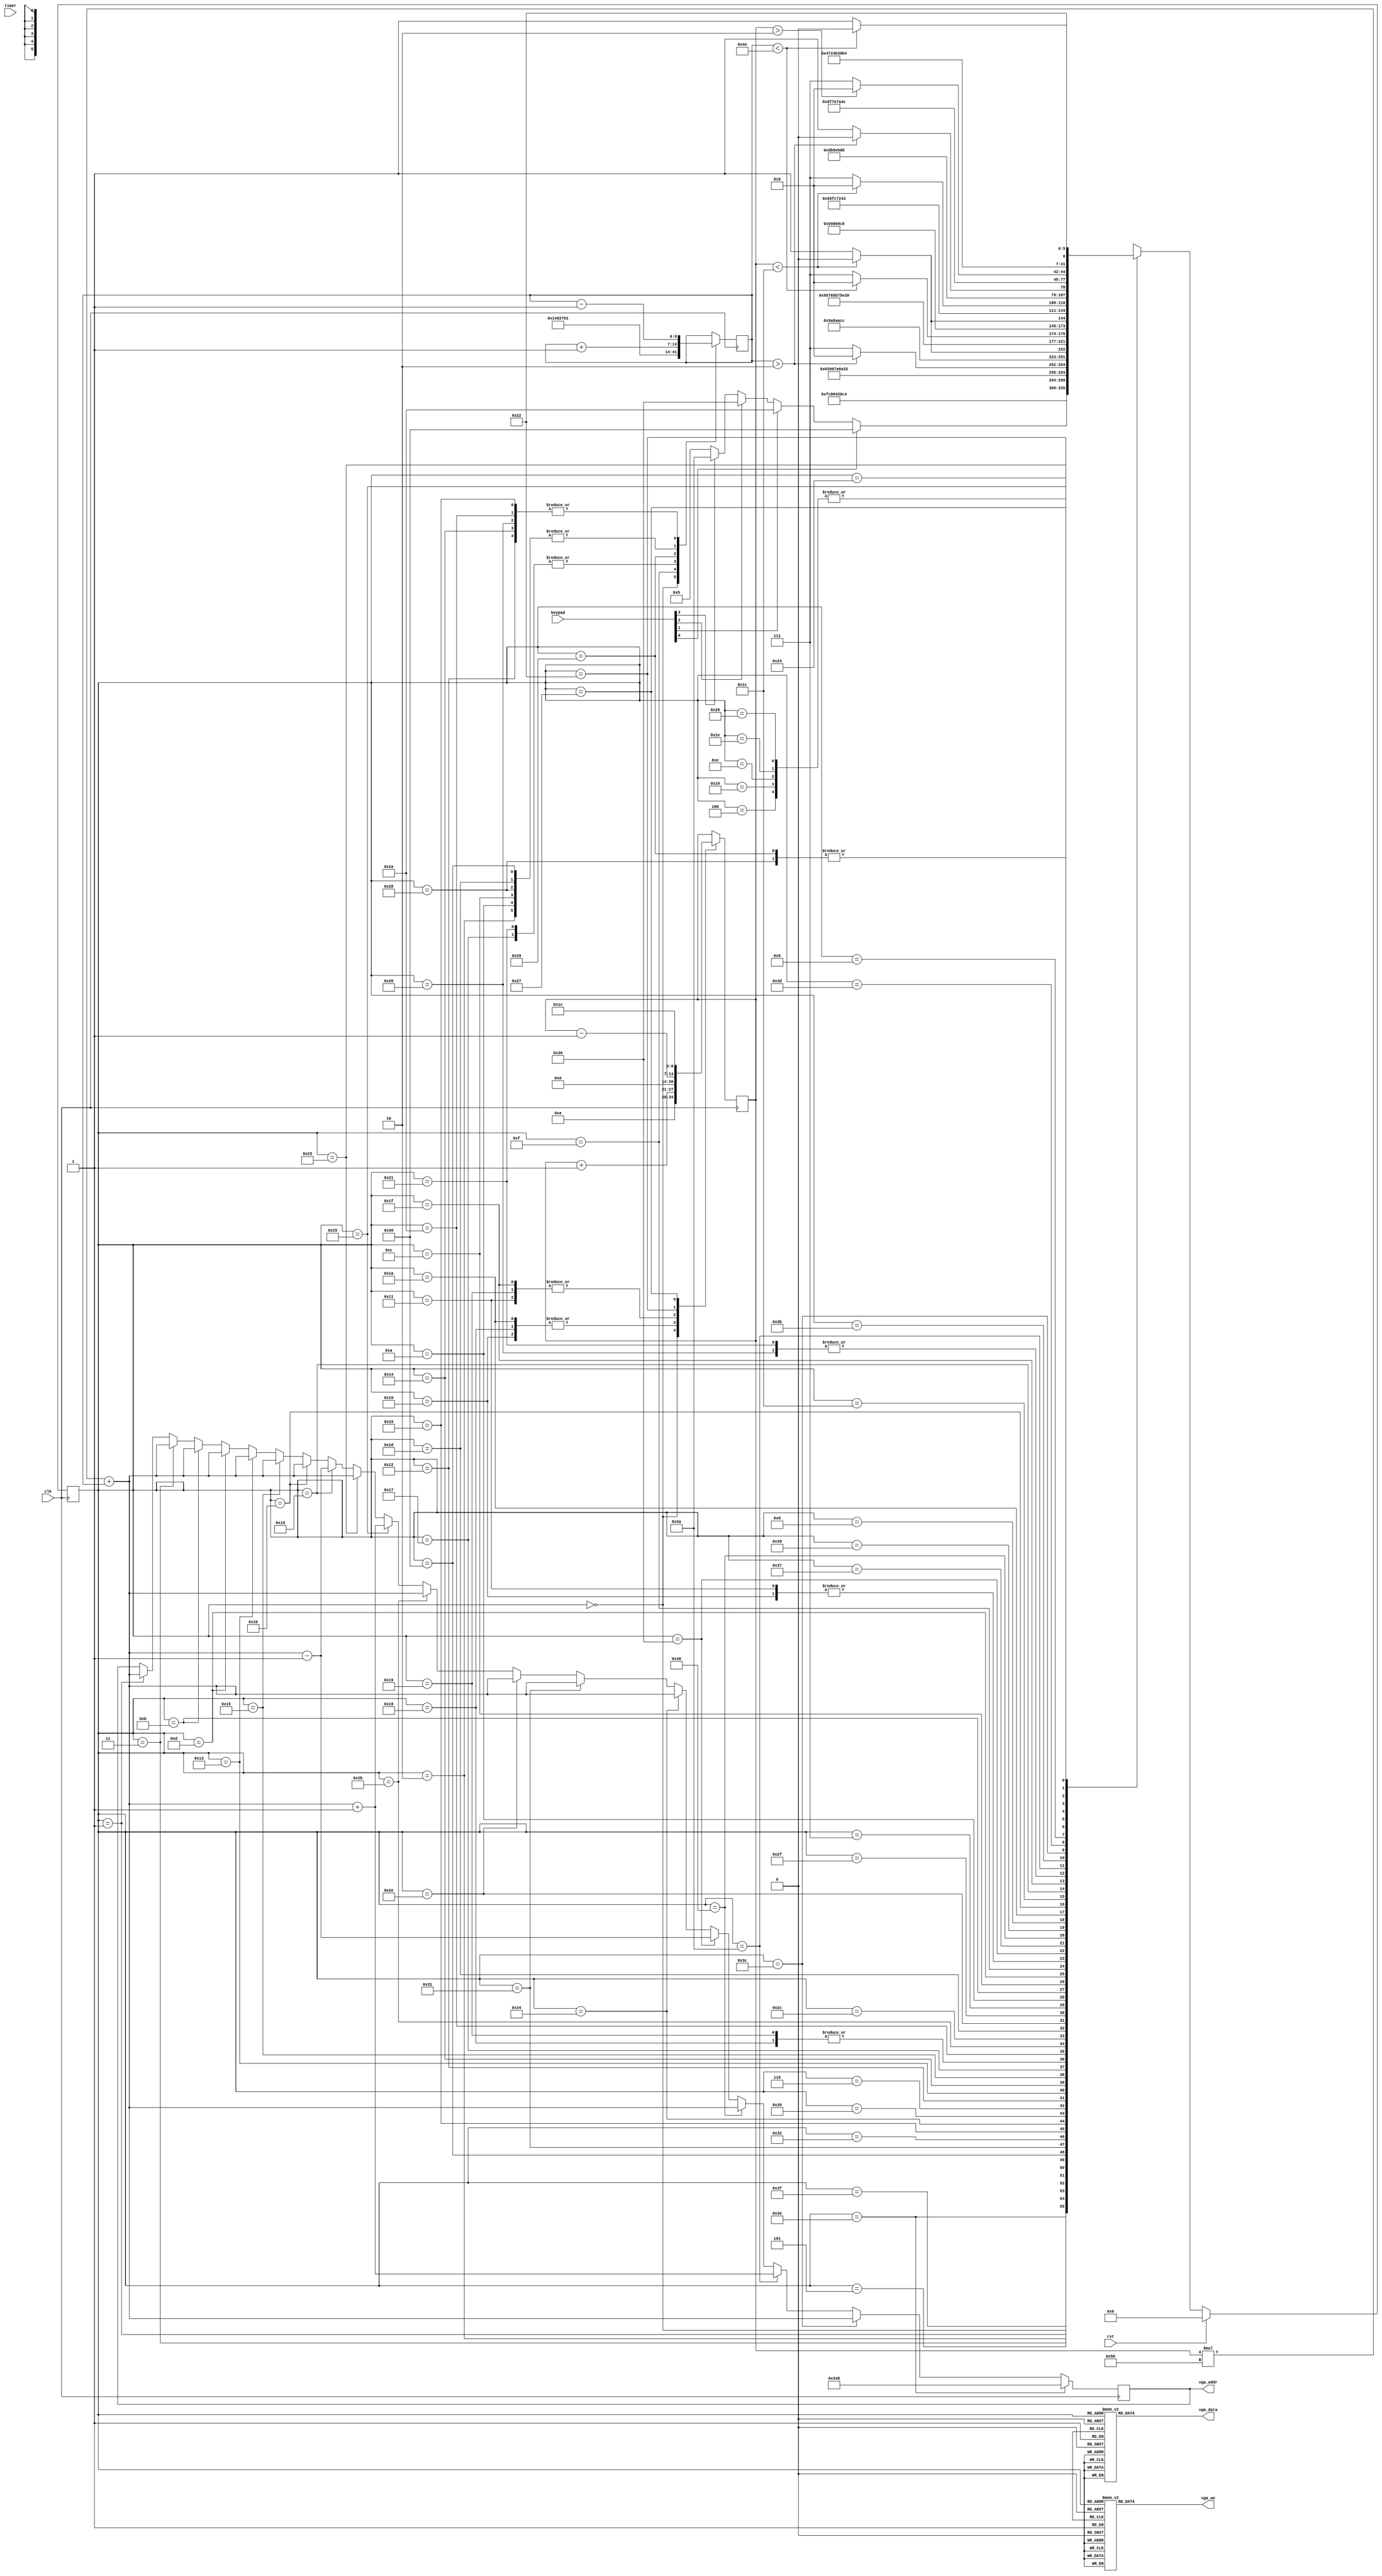
module KeypadSampleFSM(
    input clk,
    input rst,
    input [31:0] timer,
    input [7:0] keypad,
    output reg [11:0] vga_addr,
    output reg vga_we,
    output reg [15:0] vga_data
);
    reg [5:0] cs /*verilator public*/; // Current state
    reg [5:0] ns; // Next state

    reg [6:0] row /*verilator public*/; // Current row
    reg [6:0] col /*verilator public*/; // Current col

    reg [11:0] vga_addr_reg /*verilator public*/; // VGA address
    reg [31:0] delay; // Used for delay

    assign vga_addr = vga_addr_reg;

  
    // VGA Write Enable
        always @ (*) begin
        case(cs)
        6'd0:  vga_we = 1'd0;
        6'd1:  vga_we = 1'd0;
        6'd2:  vga_we = 1'd1;
        6'd3:  vga_we = 1'd0;
        6'd4:  vga_we = 1'd1;
        6'd5:  vga_we = 1'd0;
        6'd6:  vga_we = 1'd1;
        6'd7:  vga_we = 1'd0;
        6'd8:  vga_we = 1'd1;
        6'd9:  vga_we = 1'd1;

        6'd10: vga_we = 1'd0;
        6'd11: vga_we = 1'd0;
        6'd12: vga_we = 1'd1;
        6'd13: vga_we = 1'd0;
        6'd14: vga_we = 1'd1;
        6'd15: vga_we = 1'd0;
        6'd16: vga_we = 1'd0;
        6'd17: vga_we = 1'd0;
        
        6'd18: vga_we = 1'd0;
        6'd19: vga_we = 1'd0;
        6'd20: vga_we = 1'd1;
        6'd21: vga_we = 1'd0;
        6'd22: vga_we = 1'd1;
        6'd23: vga_we = 1'd0;
        6'd24: vga_we = 1'd0;
        6'd25: vga_we = 1'd0;

        6'd26: vga_we = 1'd1;
        6'd27: vga_we = 1'd0;
        6'd28: vga_we = 1'd1;
        6'd29: vga_we = 1'd0;
        6'd30: vga_we = 1'd1;
        6'd31: vga_we = 1'd0;
        6'd32: vga_we = 1'd0;
        6'd33: vga_we = 1'd0;

        6'd34: vga_we = 1'd1;
        6'd35: vga_we = 1'd0;
        6'd36: vga_we = 1'd1;
        6'd37: vga_we = 1'd0;
        6'd38: vga_we = 1'd1;
        6'd39: vga_we = 1'd0;
        6'd40: vga_we = 1'd0;
        6'd41: vga_we = 1'd0;

        6'd42: vga_we = 1'd0;
        6'd43: vga_we = 1'd0;
        6'd44: vga_we = 1'd1;
        6'd45: vga_we = 1'd0;
        6'd46: vga_we = 1'd0;
        6'd47: vga_we = 1'd1;

     
        6'd48: vga_we = 1'd0;
        6'd49: vga_we = 1'd0;
        6'd50: vga_we = 1'd1;
        6'd51: vga_we = 1'd0;
        6'd52: vga_we = 1'd0;
        6'd53: vga_we = 1'd1;

        6'd54: vga_we = 1'd0;
        6'd55: vga_we = 1'd1;
        6'd56: vga_we = 1'd0;
        6'd57: vga_we = 1'd1;

        6'd58: vga_we = 1'd0;
        6'd59: vga_we = 1'd1;
        6'd60: vga_we = 1'd0;
        6'd61: vga_we = 1'd1;

        6'd62: vga_we = 1'd0;
        6'd63: vga_we = 1'd1;

    

        


        default:
        vga_we = 1'd0;

        endcase
    end

    // VGA data
        always @ (*)begin
        case(cs)
        6'd0: 
        vga_data =  16'hx;

        6'd1: 
        vga_data =  16'hx;

        6'd2:
        vga_data =  16'h0e01;

        6'd3:
        vga_data =  16'h0e02;

        6'd4:
        vga_data =  16'h0e02;

        6'd5:
        vga_data =  16'hx;

        6'd6:
        vga_data =  16'hx;

        6'd7:
        vga_data =  16'hx;

        6'd8:
        vga_data =  16'h0e02;

        6'd9:
        vga_data =  16'h0e02;

        6'd10:
        vga_data =  16'hx;

        6'd11:
        vga_data =  16'h0e01;

        6'd12:
        vga_data =  16'h0e01;

        6'd13:
        vga_data =  16'h0e02;

        6'd14:
        vga_data =  16'h0e02;

        6'd15:
        vga_data =  16'hx;

        6'd16:
        vga_data =  16'hx;

        6'd17:
        vga_data =  16'hx;

        6'd18:
        vga_data =  16'hx;

        6'd19:
        vga_data =  16'h0e04;

        6'd20:
        vga_data =  16'h0e04;

        6'd21:
        vga_data =  16'h0e03;

        6'd22:
        vga_data =  16'h0e03;

        6'd23:
        vga_data =  16'hx;

        6'd24:
        vga_data =  16'hx;

        6'd25:
        vga_data =  16'hx;

        6'd26:
        vga_data =  16'h0007;

        6'd27:
        vga_data =  16'h0e08;

        6'd28:
        vga_data =  16'h0e08;

        6'd29:
        vga_data =  16'h0e07;

        6'd30:
        vga_data =  16'h0e07;

        6'd31:
        vga_data =  16'hx;

        6'd32:
        vga_data =  16'hx;

        6'd33:
        vga_data =  16'hx;

        6'd34:
        vga_data =  16'h0006;

        6'd35:
        vga_data =  16'h0e05;

        6'd36:
        vga_data =  16'h0e05;

        6'd37:
        vga_data =  16'h0e06;

        6'd38:
        vga_data =  16'h0e06;

        6'd39:
        vga_data =  16'hx;

        6'd40:
        vga_data =  16'hx;

        6'd41:
        vga_data =  16'hx;

        6'd42:
        vga_data =  16'h0001;

        6'd43:
        vga_data =  16'h0001;

        6'd44:
        vga_data =  16'h0001;

        6'd45:
        vga_data =  16'h0002;

        6'd46:
        vga_data =  16'h0002;

        6'd47:
        vga_data =  16'h0002;



        6'd48:
        vga_data =  16'h0003;

        6'd49:
        vga_data =  16'h0003;

        6'd50:
        vga_data =  16'h0003;

        6'd51:
        vga_data =  16'h0004;

        6'd52:
        vga_data =  16'h0004;

        6'd53:
        vga_data =  16'h0004;

        6'd54:
        vga_data =  16'h0004;

        6'd55:
        vga_data =  16'h0004;

        6'd56:
        vga_data =  16'h0004;

        6'd57:
        vga_data =  16'h0004;

        6'd58:
        vga_data =  16'h0006;

        6'd59:
        vga_data =  16'h0006;

        6'd60:
        vga_data =  16'h0005;

        6'd61:
        vga_data =  16'h0005;

        6'd62:
        vga_data =  16'h0e13;

        6'd63:
        vga_data =  16'h0e13;

        
        default:begin
        vga_data  = 16'hx;
        end
        endcase        

    end    




    // Next state
   
    always @ (*) begin
        
        case (cs)


        6'd62: ns = 6'd63;
        6'd63: ns = 6'd0;
        6'd0: ns = 6'd1;
        6'd1: ns = 6'd2;
        6'd2: ns = 6'd3;
        6'd3: ns = 6'd4;
        6'd4: ns = 6'd5;
        
        6'd5: 
        begin
            if(keypad[0])
            ns = 6'd48;
            else if(keypad[1])
            ns = 6'd42;
            else if(keypad[2])
            ns = 6'd54;
            else if(keypad[3])
            ns = 6'd58;
            else
            ns = 6'd5;
        end

        //izquierda
        6'd48:  ns = 6'd49;
        6'd49:  ns = 6'd50;
        6'd50:  ns = 6'd51;
        6'd51:  ns = 6'd52;
        6'd52:  ns = 6'd53;
        6'd53:  ns = 6'd6;
        6'd6: ns = (col > 2)? 6'd18 : 6'd23;
        //true
        6'd18: ns = 6'd19;
        6'd19: ns = 6'd20;
        6'd20: ns = 6'd21;
        6'd21: ns = 6'd22;
        6'd22: ns = 6'd5;
        //false
        6'd23: ns = (row<28)? 6'd24 : 6'd25;
        6'd24: ns = 6'd18;
        6'd25: ns = 6'd18;


        //derecha
        6'd42:  ns = 6'd43;
        6'd43:  ns = 6'd44;
        6'd44:  ns = 6'd45;
        6'd45:  ns = 6'd46;
        6'd46:  ns = 6'd47;
        6'd47:  ns = 6'd7;
        6'd7:  ns = (col<78)? 6'd10 : 6'd15;
        //true
        6'd10: ns = 6'd11;
        6'd11: ns = 6'd12;
        6'd12: ns = 6'd13;
        6'd13: ns = 6'd14;
        6'd14: ns = 6'd5;
        //false
        6'd15: ns = (row<28)? 6'd16 : 6'd17;
        6'd16: ns = 6'd10;
        6'd17: ns = 6'd10;



        //abajo
        6'd54: ns = 6'd55;
        6'd55: ns = 6'd56;
        6'd56: ns = 6'd57;      
        6'd57: ns = 6'd8;      
        6'd8:  ns = (row<28)? 6'd26 : 6'd31;
        //true
        6'd26: ns = 6'd27;
        6'd27: ns = 6'd28;
        6'd28: ns = 6'd29;
        6'd29: ns = 6'd30;
        6'd30: ns = 6'd5;
        //false
        6'd31: ns = (col>2)? 6'd32 : 6'd33;
        6'd32: ns = 6'd26;
        6'd33: ns = 6'd26;

        //arriba
        6'd58: ns = 6'd59;
        6'd59: ns = 6'd60;
        6'd60: ns = 6'd61;      
        6'd61: ns = 6'd9;   
        6'd9:  ns = (row>2)? 6'd34 : 6'd39;
        //true
        6'd34: ns = 6'd35;
        6'd35: ns = 6'd36;
        6'd36: ns = 6'd37;
        6'd37: ns = 6'd38;
        6'd38: ns = 6'd5;
        //false
        6'd39: ns = (col<78)? 6'd40 : 6'd41;
        6'd40: ns = 6'd34;
        6'd41: ns = 6'd34;

        default:
        ns = 6'd0; 

        endcase

    end    

    always @ (posedge clk)
    begin
        if (rst)
            cs <= 6'd0;
        else
            cs <= ns;
    end

    // Register col
    always @ (posedge clk)
    begin
        case (cs)
            6'd0:  col <= 7'd10;
            6'd2:  col <= col + 7'd1;
            6'd10: col <= col + 7'd1;
            6'd12: col <= col + 7'd1;
            6'd15: col <= 7'd0;
            6'd18: col <= col - 7'd1;
            6'd20: col <= col - 7'd1;
            6'd23: col <= 7'd78;
            // 6'd28: col <= col - 7'd1;
            6'd32: col <= col - 7'd1;
            6'd33: col <= 7'd78;
            // 6'd36: col <= col + 7'd1;
            6'd40: col <= col + 7'd1;
            6'd41: col <= 7'd1;
            6'd42: col <= col - 7'd1;
            6'd45: col <= col + 7'd1;
            6'd48: col <= col + 7'd1;
            6'd51: col <= col - 7'd1;
            default:
                col <= col;
        endcase
    end

    // Register row
    always @ (posedge clk)
    begin
        case (cs)
            6'd0:  row <= 7'd10;
            6'd16: row <= row + 7'd1;
            6'd17: row <= 7'd0;
            6'd24: row <= row + 7'd1;
            6'd25: row <= 7'd0;
            6'd26: row <= row + 7'd1;
            6'd31: row <= 7'd0;
            6'd34: row <= row - 7'd1;
            6'd39: row <= 7'd28;

            default:
                row <= row;
        endcase
    end

    // Register delay
    always @ (posedge clk)
    begin
        if (cs == 6'd3)
            delay <= timer + 32'd100;
    end

      // Register vga_addr
    always @ (posedge clk)
    begin

    
        if (cs == 6'd1)
            /*verilator lint_off WIDTH*/
            vga_addr_reg <= row * 7'd80 + col;

        if (cs == 6'd3)
            vga_addr_reg <= row * 7'd80 + col;

        if (cs == 6'd11)
            vga_addr_reg <= row * 7'd80 + col;

        if (cs == 6'd13)
            vga_addr_reg <= row * 7'd80 + col;

        if (cs == 6'd19)
            vga_addr_reg <= row * 7'd80 + col;

        if (cs == 6'd21)
            vga_addr_reg <= row * 7'd80 + col;

        if (cs == 6'd27)
            vga_addr_reg <= row * 7'd80 + col;

        if (cs == 6'd29)
            vga_addr_reg <= row * 7'd80 + col - 7'd1; //diagonal fix

        if (cs == 6'd35)
            vga_addr_reg <= row * 7'd80 + col;

        if (cs == 6'd37)
            vga_addr_reg <= row * 7'd80 + col + 7'd1; //diagonal fix

        if (cs == 6'd43)
            vga_addr_reg <= row * 7'd80 + col;

        if (cs == 6'd46 )
            vga_addr_reg <= row * 7'd80 + col;

        if (cs == 6'd49)
            vga_addr_reg <= row * 7'd80 + col;

        if (cs == 6'd52)
            vga_addr_reg <= row * 7'd80 + col;

        if (cs == 6'd54)
            vga_addr_reg <= row * 7'd80 + col-1;

        if (cs == 6'd56)
            vga_addr_reg <= row * 7'd80 + col;

        if (cs == 6'd58)
            vga_addr_reg <= row * 7'd80 + col+1;

        if (cs == 6'd60)
            vga_addr_reg <= row * 7'd80 + col;

        if (cs == 6'd62)
            vga_addr_reg <= 12'd840;
    
    end

    // always @ (*) begin

    // case (cs)

    // 6'd62 : 
    // vga_addr = 12'd800;

    // endcase

    // end


    // //generate maze

    // always @ (*) begin

    




    // end
    


    

endmodule